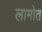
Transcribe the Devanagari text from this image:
लामोत